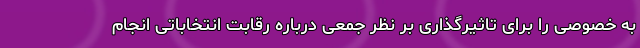
به خصوصی را برای تاثیرگذاری بر نظر جمعی درباره رقابت انتخاباتی انجام